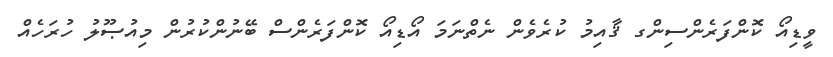
ވީޑިއޯ ކޮންފަރެންސިންގ ޤާއިމު ކުރެވެން ނެތްނަމަ އޯޑިއޯ ކޮންފަރެންސް ބޭނުންކުރުން މިއުޞޫލު ހުރަހެއް